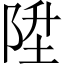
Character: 陞